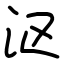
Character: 沤